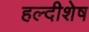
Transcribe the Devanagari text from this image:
हल्दीशेष